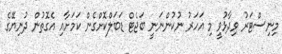
މިނިސްޓަރު ވިދާޅުވީ މި އަހަރު ނުކުންނަނީ ބަޖެޓް ޑަބަލްކޮށްގެން ކަމަށާއި އެގޮތުން ދުނިޔޭގެ